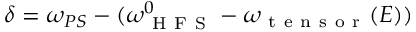
\delta = \omega _ { P S } - ( \omega _ { \mathrm { ~ H ~ F ~ S ~ } } ^ { 0 } - \omega _ { \mathrm { ~ t ~ e ~ n ~ s ~ o ~ r ~ } } ( E ) )